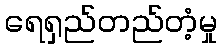
ရေရှည်တည်တံ့မှု